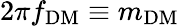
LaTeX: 2\pi f_{\mathrm{DM}}\equiv m_{\mathrm{DM}}